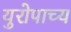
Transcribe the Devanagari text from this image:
युरोपाच्य